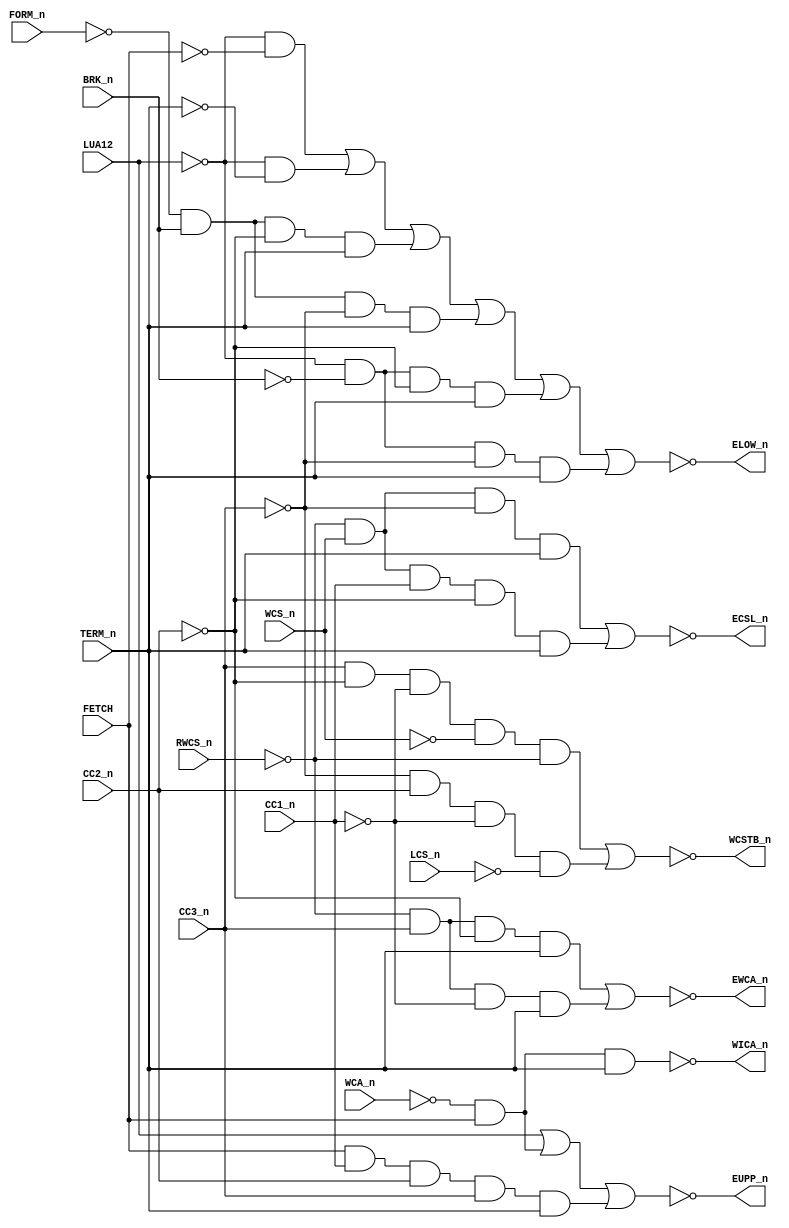
// This program was cloned from: https://github.com/RonnyA/nd-120
// License: MIT License

// PAL 44305D - CSCTL - CONTROL STORE CONTROL 

module PAL_44305D(
    input FORM_n, CC1_n, CC2_n, CC3_n, LCS_n, RWCS_n, WCS_n, FETCH, BRK_n, LUA12, WCA_n, TERM_n,
    output WICA_n, WCSTB_n, ECSL_n, EWCA_n, EUPP_n, ELOW_n
);

// Inverted input signals for active-high usage
wire FORM = ~FORM_n;
wire CC1 = ~CC1_n;
wire CC2 = ~CC2_n;
wire CC3 = ~CC3_n;
wire LCS = ~LCS_n;
wire RWCS = ~RWCS_n;
wire WCS = ~WCS_n;
wire BRK = ~BRK_n;
wire WCA = ~WCA_n;
wire TERM = ~TERM_n;

wire FETCH_n = ~FETCH;
wire LUA12_n =~ LUA12;

// Logic for WICA_n (active-low)
assign WICA_n = ~(WCA & FETCH & TERM_n); // WRITE PULSE TO MICROINSTRUCTION CACHE

// Logic for WCSTB_n (active-low)
assign WCSTB_n = ~((CC3_n & CC2 & CC1 & WCS & RWCS) |     // e+f WRITE PULSE TO WRITEABLE
                   (CC3 & CC2_n & CC1 & LCS));            // m+n WRITE PULSE DURING LOAD CONTROL

// Logic for ECSL_n (active-low)
assign ECSL_n = ~((RWCS & WCS_n & CC3 & TERM_n) |         // READ CONTROL STORE HOLD
                  (RWCS & WCS_n & CC1_n & CC2 & TERM_n)); // HOLD OVERLAP WITH EWCA_n

// Logic for EWCA_n (active-low)
assign EWCA_n = ~((RWCS & CC3_n & CC2 & TERM_n) |      // ENABLE WCA REG. IN MIC ONTO MA
                  (RWCS & CC3_n & CC1 & TERM_n));      // AVOID BLIP ON NEXT CYCLE

// Logic for EUPP_n (active-low)
assign EUPP_n = ~(LUA12 |                            // NORMAL ADDRESSING
                  (WCA & FETCH) |                    // WRITE INTO MICROINSTRUCTION CACHE
                  (FETCH & CC1_n & CC2_n & CC3_n & TERM_n)); // ENABLE IN THE FIRST 50NS + HOLD TIME = 7SNS

// Logic for ELOW_n (active-low)
assign ELOW_n = ~((LUA12_n & FETCH_n) |                   // NORMAL ADDRESSING. ON FETCH EITHER MI
                  (LUA12_n & TERM) |                      // ENABLE ACCORDING TO LUA12 BEFORE FETCH
                  (FORM & BRK_n & CC2 & TERM_n) |         // OR A MAP IS USED.
                  (FORM & BRK_n & CC3 & TERM_n) |         // DO A MAP
                  (LUA12_n & BRK & CC2 & TERM_n) |        // ON BRK: USE BANK SELECTED BY LUA12.
                  (LUA12_n & BRK & CC3 & TERM_n));        // 

endmodule

/*
DESCRIPTION

; 130387 JLB: ELOW ALWAYS ENABLED ON TERM IF LUA12 IS LOW.
; MAY SPEED UP NON FETCH CYCLES.

; 180587 3202B
; 090687 JLB: EWCA MUST NOT BE ENABLED DURING a AND b. WILL CREATE BLIP ON
; NEXT CYCLE.
; 090687 JLB: ECSL HOLD IN g AND h.
; 030987 JLB: WRITE IN CONTROL STORE DOES NOT WORK. WRITE PULSE STARTS TOO
; SOON. WCSTB CHANGED TO e+f IN THIS CASE, AND TO m+n DURING LCS
; TO BE ABLE TO USE 250ns PROMS.


*/